Vaccine operations Central Provinces 1886-1899 - 1886-1899
Year: 1886
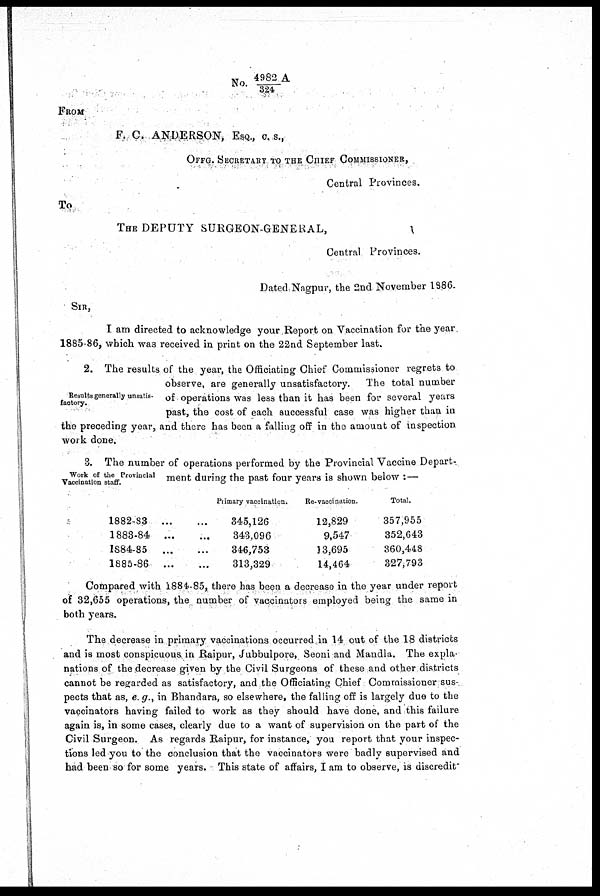
No. 4982A/ 324
FROM
F. C. ANDERSON, ESQ., C. S.,
OFFG. SECRETARY TO THE CHIEF COMMISSIONER,
Central Provinces.
To
THE DEPUTY SURGEON-GENERAL,
Central Provinces.
Dated Nagpur, the 2nd November 1886.
SIR,
I am directed to acknowledge your Report on Vaccination for the year
1885-86, which was received in print on the 22nd September last.
Results generally unsatis-
factory.
2. The results of the year, the Officiating Chief Commissioner regrets to
observe, are generally unsatisfactory.
The total number
of operations was less than it has been for several years
past, the cost of each successful case was higher than in
the preceding year, and there has been a falling off in the amount of inspection
work done.
Work of the Provincial
Vaccination staff.
3. The number of operations performed by the Provincial Vaccine Depart-
ment during the past four years is shown below :—
1882-83 ...
1883-84 ...
1884-85 ...
1885-86 ...
Primary vaccination.
345,126
343,096
346,753
313,329
Re-vaccination.
12,829
9,547
13,695
14,464
Total.
357,955
352,643
360,448
327,793
Compared with 1884-85, there has been a decrease in the year under report
of 32,655 operations, the number of vaccinators employed being the same in
both years.
The decrease in primary vaccinations occurred in 14 out of the 18 districts
and is most conspicuous in Raipur, Jubbulpore, Seoni and Mandla. The expla-
nations of the decrease given by the Civil Surgeons of these and other districts
cannot be regarded as satisfactory, and the Officiating Chief Commissioner sus-
pects that as, e.g., in Bhandara, so elsewhere, the falling off is largely due to the
vaccinators having failed to work as they should have done, and this failure
again is, in some cases, clearly due to a want of supervision on the part of the
Civil Surgeon. As regards Raipur, for instance, you report that your inspec-
tions led you to the conclusion that the vaccinators were badly supervised and
had been so for some years. This state of affairs, I am to observe, is discredit